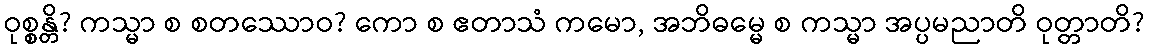
ဝုစ္စန္တိ? ကသ္မာ စ စတဿောဝ? ကော စ ဧတာသံ ကမော, အဘိဓမ္မေ စ ကသ္မာ အပ္ပမညာတိ ဝုတ္တာတိ?